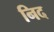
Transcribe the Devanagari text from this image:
निद